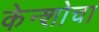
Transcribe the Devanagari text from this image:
केन्शोचा